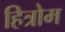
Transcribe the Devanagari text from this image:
हित्रोम